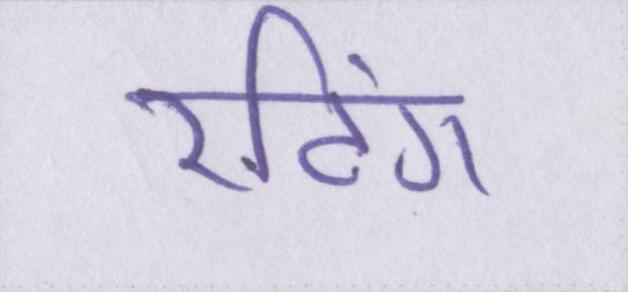
रटिंग